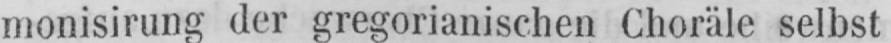
monisirung der gregorianischen Choräle selbst